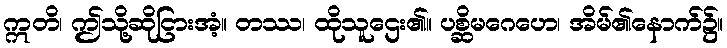
ဣတိ၊ ဤသို့ဆိုငြားအံ့။ တဿ၊ ထိုသူဌေး၏။ ပစ္ဆိမဂေဟေ၊ အိမ်၏နောက်၌။